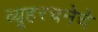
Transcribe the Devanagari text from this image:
व्यूहरचनेचे